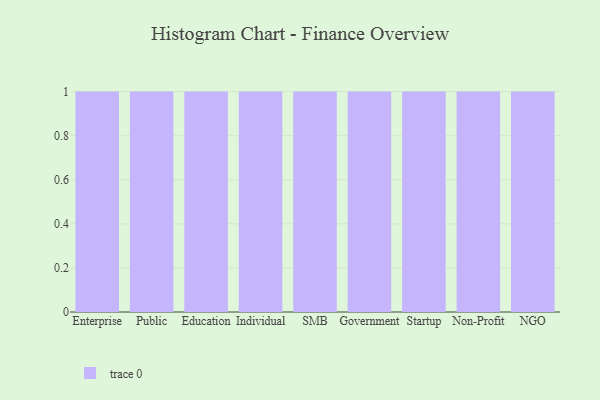
{"axis": {"x": "Segment", "y": "Demand Index"}, "legend": [""], "data": [{"x": "Enterprise", "y": 20, "type": ""}, {"x": "Public", "y": 54, "type": ""}, {"x": "Education", "y": 33, "type": ""}, {"x": "Individual", "y": 56, "type": ""}, {"x": "SMB", "y": 63, "type": ""}, {"x": "Government", "y": 55, "type": ""}, {"x": "Startup", "y": 20, "type": ""}, {"x": "Non-Profit", "y": 70, "type": ""}, {"x": "NGO", "y": 6, "type": ""}]}